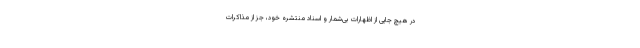
در هیچ جایی از اظهارات بی‌شمار و اسناد منتشره خود، جز از مذاکرات